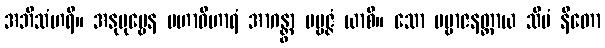
အဘိသံဟရိ။ အနုပုဗ္ဗေန မဟာဝိဟာရံ အာဂန္တွာ ပဗ္ဗဇ္ဇံ ယာစိ။ သော ပဗ္ဗာဇနတ္ထာယ သီမံ နီတော